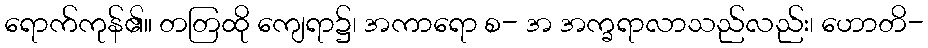
ရောက်ကုန်၏။ တတြထို ကျေရာ၌၊ အကာရော စ- အ အက္ခရာလာသည်လည်း၊ ဟောတိ-